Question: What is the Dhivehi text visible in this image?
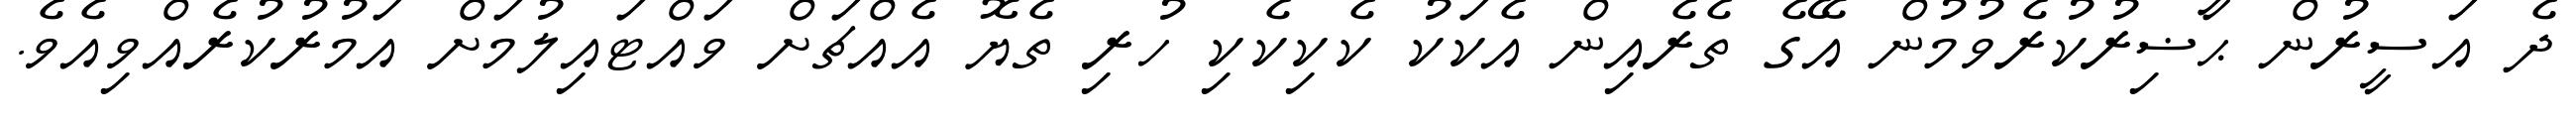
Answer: ދެ އަސީރުން ޙާޟިރުކުރެވުމުން އޭގެ ތެރެއިން އެކަކު ކެކިކެކި ހުރި ތެޔޮ އެއްޗަށް ވައްޓައިލުމަށް އަމުރުކުރެއްވިއެވެ.